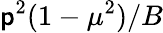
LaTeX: \mathsf{p}^{2}(1-\mu^{2})/B